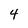
Character: 4